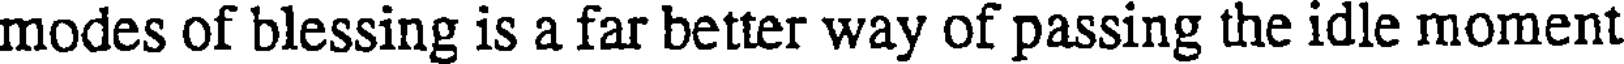
modes of blessing is a far better way of passing the idle moment